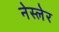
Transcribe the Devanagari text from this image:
नेस्लेर